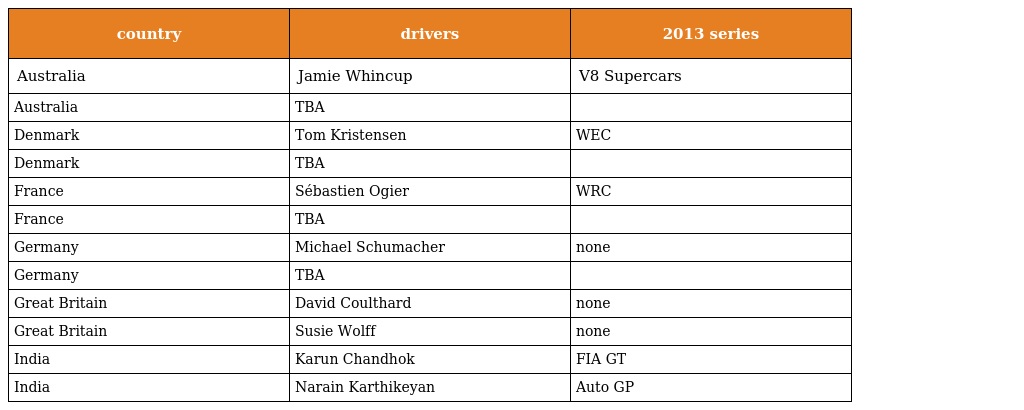
| country | drivers | 2013 series |
 | --- | --- | --- |
 | Australia | Jamie Whincup | V8 Supercars |
 | Australia | TBA |  |
 | Denmark | Tom Kristensen | WEC |
 | Denmark | TBA |  |
 | France | Sébastien Ogier | WRC |
 | France | TBA |  |
 | Germany | Michael Schumacher | none |
 | Germany | TBA |  |
 | Great Britain | David Coulthard | none |
 | Great Britain | Susie Wolff | none |
 | India | Karun Chandhok | FIA GT |
 | India | Narain Karthikeyan | Auto GP |